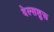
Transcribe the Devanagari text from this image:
वेल्सशुरू